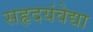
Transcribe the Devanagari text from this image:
सहृदयंवेद्या